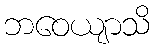
ဘဝေယျာသိ